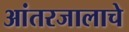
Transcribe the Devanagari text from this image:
आंतरजालाचे